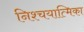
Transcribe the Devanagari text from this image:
निश्चयात्मिका